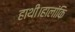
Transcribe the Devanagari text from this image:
हाथी।हालांकि